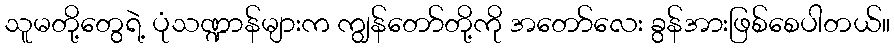
သူမတို့တွေရဲ့ ပုံသဏ္ဍာန်များက ကျွန်တော်တို့ကို အတော်လေး ခွန်အားဖြစ်စေပါတယ်။